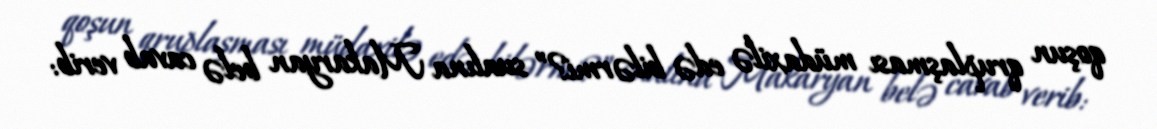
qoşun qruplaşması müdaxilə edə bilərmi?” sualına Makaryan belə cavab verib: